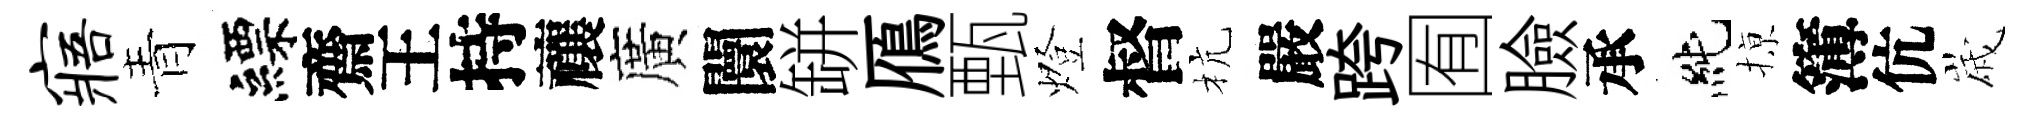
寤青縹齋王持禳廣闤缾鴈甄燈督杭嚴跨囿臉承純𢱊簿伉𡻕